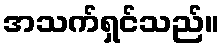
အသက်ရှင်သည်။